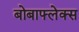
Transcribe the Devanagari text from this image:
बोबाफ्लेक्स